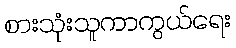
စားသုံးသူကာကွယ်ရေး